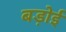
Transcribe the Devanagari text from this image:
बड़ोई